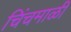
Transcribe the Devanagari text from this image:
चिंचमाळी